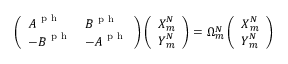
\left( \begin{array} { l l } { \boldsymbol { A } ^ { \mathrm { ~ p ~ h ~ } } } & { \boldsymbol { B } ^ { \mathrm { ~ p ~ h ~ } } } \\ { - \boldsymbol { B } ^ { \mathrm { ~ p ~ h ~ } } } & { - \boldsymbol { A } ^ { \mathrm { ~ p ~ h ~ } } } \end{array} \right) \left( \begin{array} { l } { \boldsymbol { X } _ { m } ^ { N } } \\ { \boldsymbol { Y } _ { m } ^ { N } } \end{array} \right) = \Omega _ { m } ^ { N } \left( \begin{array} { l } { \boldsymbol { X } _ { m } ^ { N } } \\ { \boldsymbol { Y } _ { m } ^ { N } } \end{array} \right)